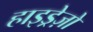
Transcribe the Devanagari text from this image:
हाइड्रेज़ो